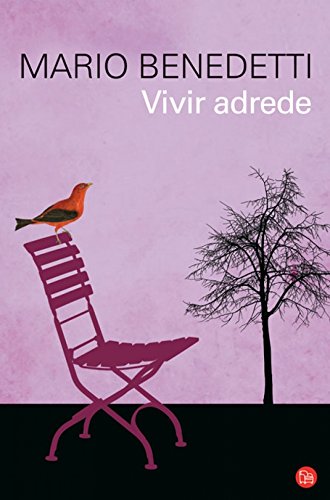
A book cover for Vivir adrede (Spanish Edition); Mario Benedetti; Christian Books & Bibles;